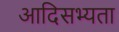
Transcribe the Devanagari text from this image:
आदिसभ्‍यता